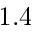
1 . 4